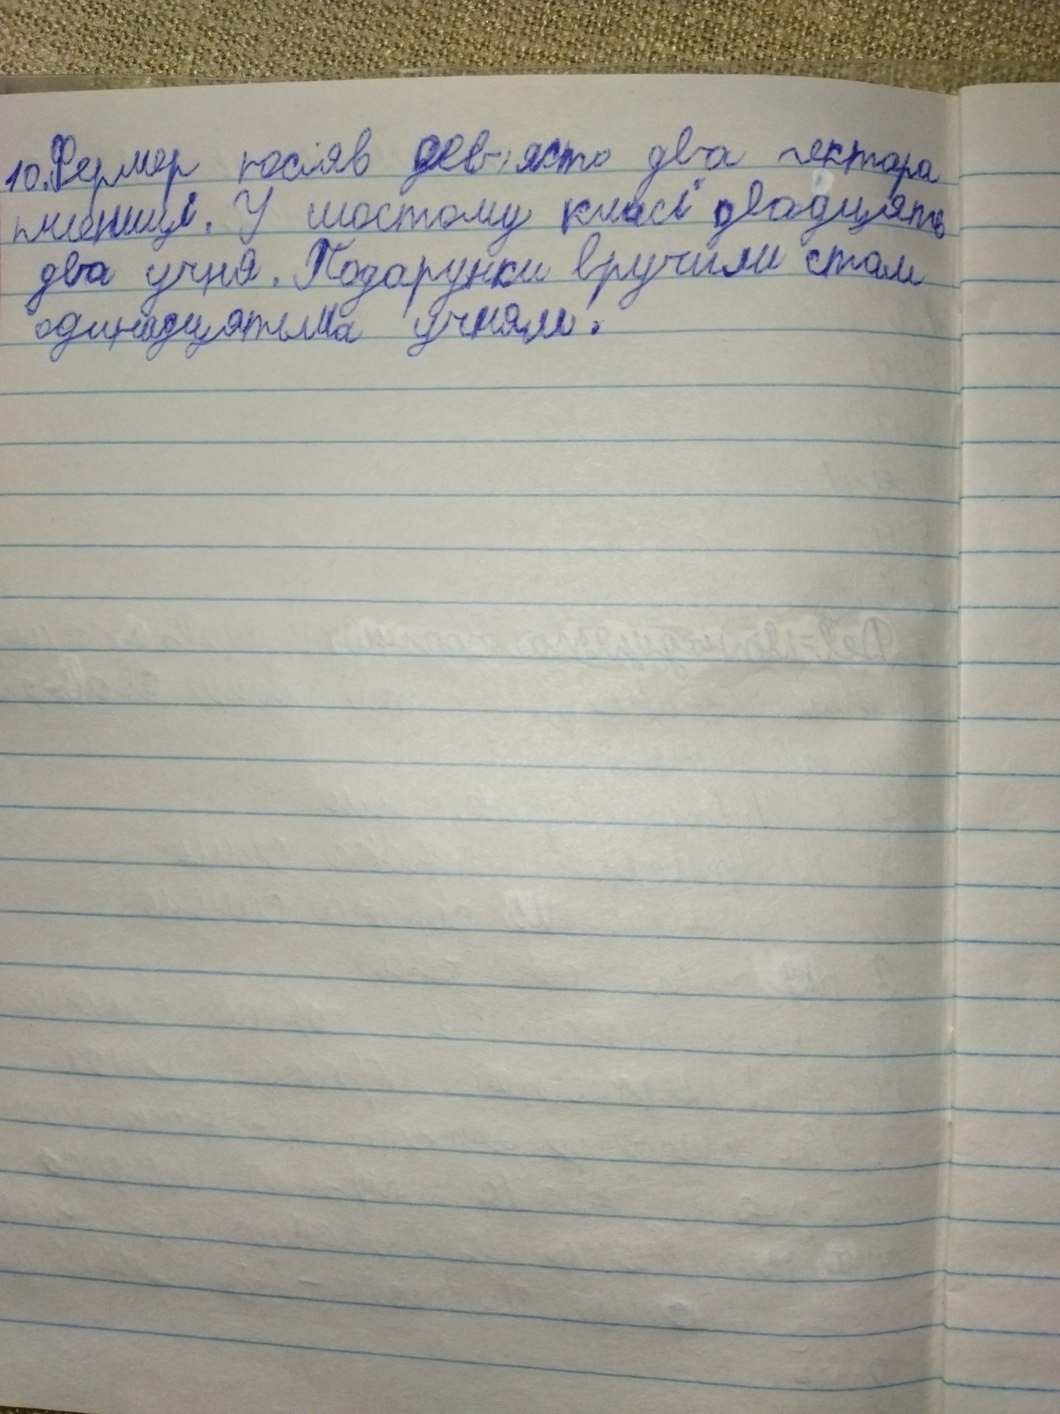
10. Фермер посіяв дев'яносто два гектара
пшенниці. У шостому класі двадцять
два учня. Подарунки вручили стам
одинадцятьма учням.